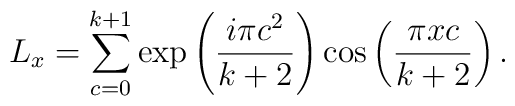
L_{x}=\sum_{c=0}^{k+1} \exp\left(\frac{i\pi  c^2}{k+2}\right)                            \cos\left(\frac{\pi  xc }{k+2}\right).